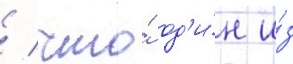
/ что́ од'и́н и́з